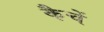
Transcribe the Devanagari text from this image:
कैचें